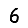
Digit: 6